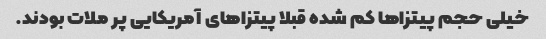
خیلی حجم پیتزاها کم شده قبلا پیتزاهای آمریکایی پر ملات بودند.